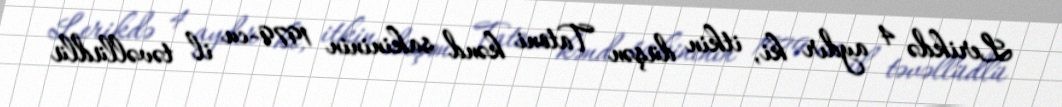
Lerikdə 4 aydır ki, itkin düşən Tatoni kənd sakininin 1979-cu il təvəllüdlü